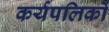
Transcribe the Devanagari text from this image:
कर्यपलिकों